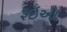
રૂઇઆ